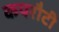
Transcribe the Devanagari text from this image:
कपरौटी